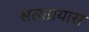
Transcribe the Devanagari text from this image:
सत्यप्रयास